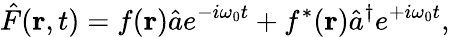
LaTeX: \hat{F}({\mathbf r},t)=f({\mathbf r})\hat{a}e^{-i\omega_{0}t}+f^{\ast}({\mathbf r})\hat{a}^{\dagger}e^{+i\omega_{0}t},